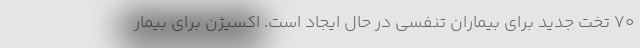
۷۰ تخت جدید برای بیماران تنفسی در حال ایجاد است. اکسیژن برای بیمار